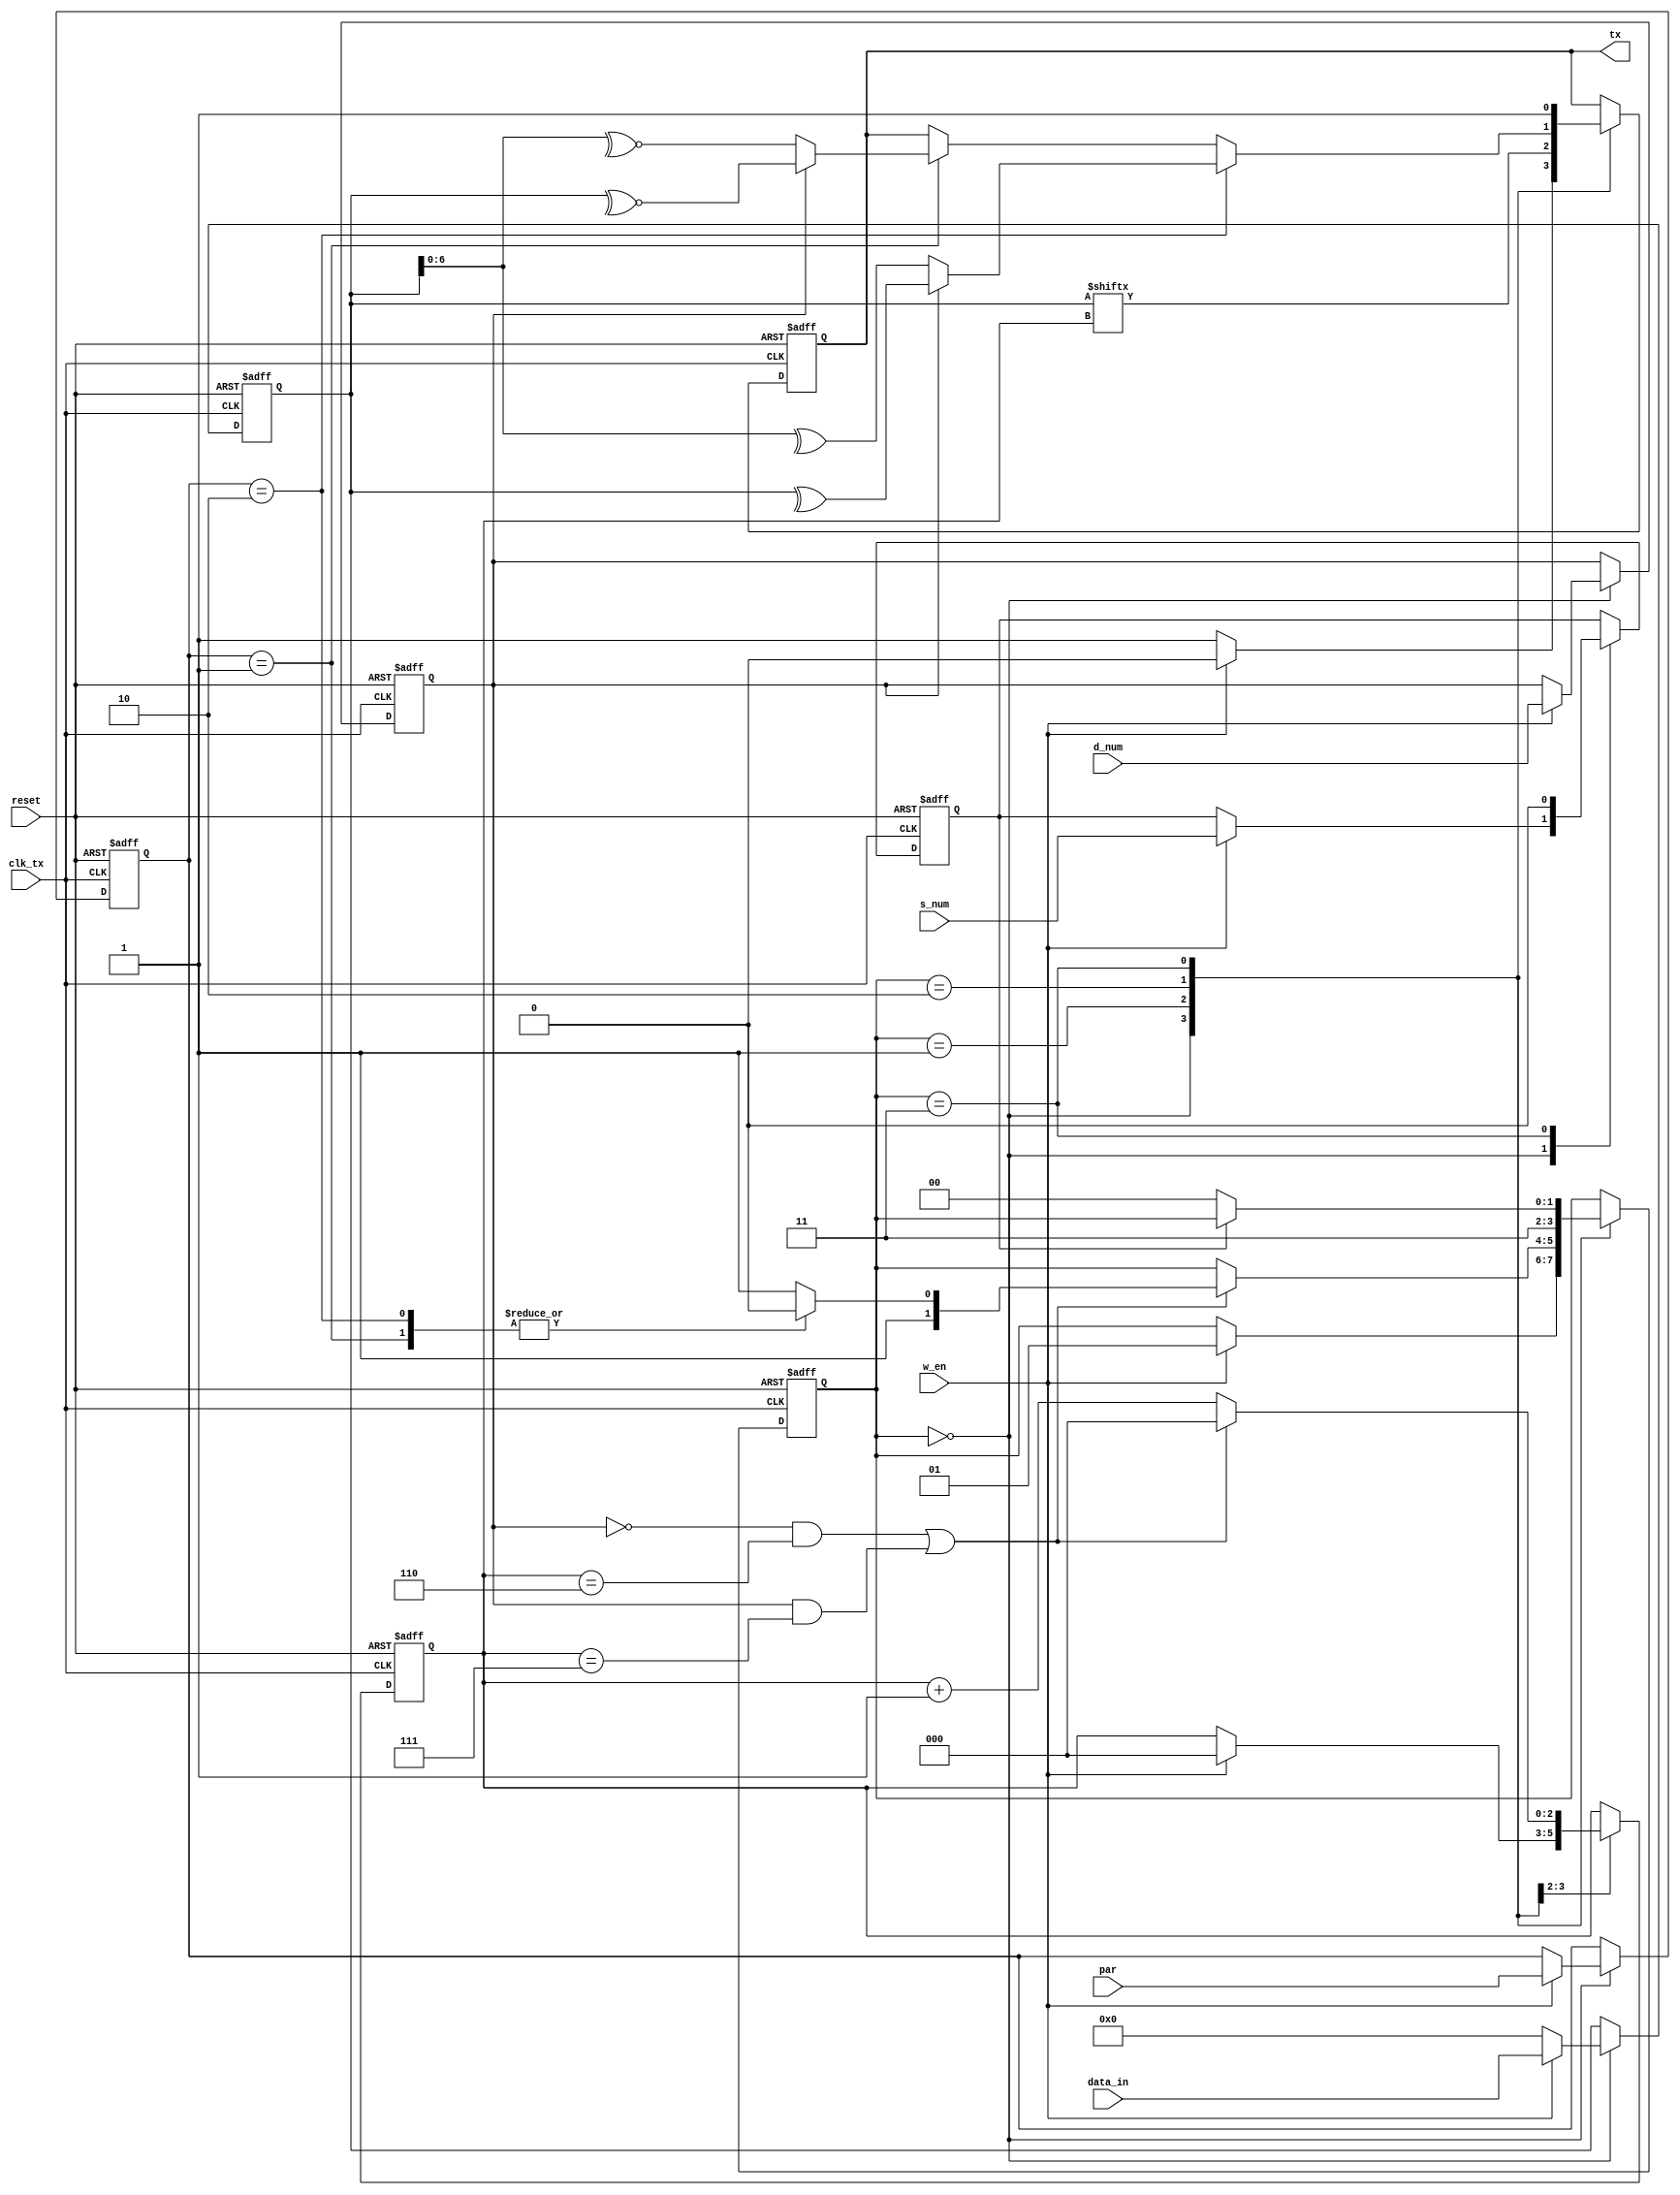
///////////////////////////////////////////////////////////////////////////////
 // $Id: transmitter.v 916 2018-02-25 Ahmad Hegazy $
 //
 // Module: trasnmitter.v
 // Project: UART
 // Description: uart transmitter .. takes parallel data and sends them series bit by bit
 //
 // Change history: 
 //
 ///////////////////////////////////////////////////////////////////////////////
 module transmitter(tx ,clk_tx ,reset ,w_en ,par ,d_num ,s_num ,data_in);
	output reg tx;
	input clk_tx ,reset;
	input [7:0] data_in;
	input d_num,s_num ,w_en; // d_num: 0: 7 bits, 1: 8 bits | s_num: 0: 1 stop bit ,1: 2 stop bits 
	input [1:0] par; //parity //0 no // 1 even //2 odd
	
	reg [2:0] pos; // 8 bit transmitting 
	reg [1:0] state;
	reg s_count; //count sent stop bits
	reg dnum;
	reg [1:0] parity;
	
	parameter STATE_IDLE	= 2'b00;
	parameter STATE_SEND	= 2'b01;
	parameter STATE_PARITY = 2'b10;
	parameter STATE_STOP = 2'b11;


	parameter NO_PARITY  = 2'b00;
	parameter ODD_PARITY  = 2'b01;
	parameter EVEN_PARITY  = 2'b10;
	
	parameter MAX_7_BITS = 1'b0;
	parameter MAX_8_BITS = 1'b1;
	
	reg [7:0] data;
	
	initial begin 
		state <= STATE_IDLE;
		pos <= 0;
		data <= 0;
	end


	always @ (posedge clk_tx or posedge reset)
	begin
		if (reset)
		begin 
			state <= STATE_IDLE;
			pos <= 0;
			tx <= 1;
			data <= 0;
			dnum <= 0;
			s_count <=0;
			parity <=0;

		end
		else 
		begin 
		
		case (state)
		STATE_IDLE:  //tx = 1
			begin
				if (w_en)
				begin
					state <= STATE_SEND;
					pos <= 0;
					tx <= 0; //start bit
					data <= data_in; // to take data only once @ w_en active .. //in case data changed during process
					dnum <= d_num;
					s_count <= s_num;
					parity <= par;

				end
				else begin data <= 0; tx <= 1;end 
			end
		STATE_SEND: //tx = data >> serial 
		begin
				tx <= data[pos];
				if ((dnum == MAX_7_BITS & pos == 3'b110) | (dnum == MAX_8_BITS & pos == 3'b111))
				begin 
					pos <= 0;					
					case (parity)
					NO_PARITY: state <= STATE_STOP; 
					EVEN_PARITY: state <= STATE_PARITY;//
					ODD_PARITY: state <= STATE_PARITY;//
					default : state <= STATE_STOP; //default no parity 
					endcase 
				end
				else pos <= pos + 1;
			end
		STATE_PARITY:
		begin 
			state <= STATE_STOP;
			if (parity == EVEN_PARITY)	
			begin 
				if (dnum == MAX_8_BITS) tx <= ^data;//~^data; 
				else if(dnum == MAX_7_BITS) tx <= ^data[6:0];//~^data[6:0]; 
			end 
			else if (parity == ODD_PARITY)
			begin 
				if (dnum == MAX_8_BITS) tx <= ~^data;//^data;
				else if(dnum == MAX_7_BITS) tx <= ~^data[6:0];//^data[6:0];
			end 
		end
		STATE_STOP: 
		begin 
			case (s_count)
			0: begin tx <= 1'b1; state <= STATE_IDLE; end //ONE_STOP_BITS
			1: begin tx <= 1'b1; s_count <= 0; end //TWO_STOP_BITS
			endcase
		end 
		endcase
		end 
	end

endmodule